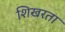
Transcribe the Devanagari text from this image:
शिखरता